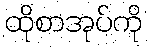
ထိုစာအုပ်ကို